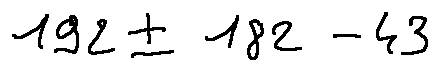
1 9 2 \pm 1 8 2 - 4 3